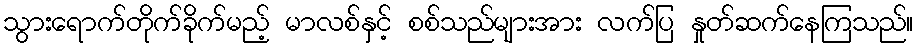
သွားရောက်တိုက်ခိုက်မည့် မာလစ်နှင့် စစ်သည်များအား လက်ပြ နှုတ်ဆက်နေကြသည်။